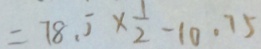
= 7 8 . 5 \times \frac { 1 } { 2 } - 1 0 . 7 5